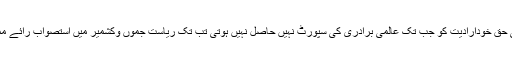
کشمیریوں کی حق خودارادیت کو جب تک عالمی برادری کی سپورٹ نہیں حاصل نہیں ہوتی تب تک ریاست جموں وکشمیر میں استصواب رائے ممکن نہیں ہے۔